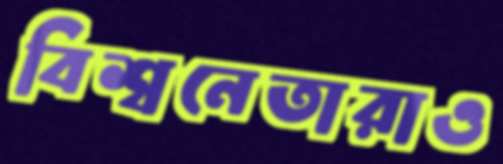
বিশ্বনেতারাও